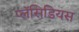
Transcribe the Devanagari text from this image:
प्लॅसिडियस